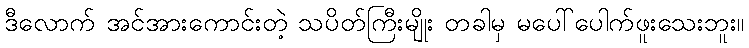
ဒီလောက် အင်အားကောင်းတဲ့ သပိတ်ကြီးမျိုး တခါမှ မပေါ်ပေါက်ဖူးသေးဘူး။